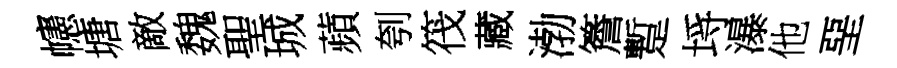
幰塘敵魏聖城蘋刳筏藏渤簷蹔埓瀑他堊